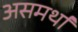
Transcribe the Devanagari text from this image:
असमर्था